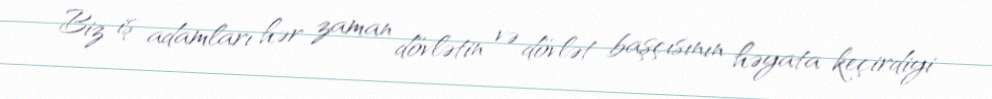
Biz iş adamları hər zaman dövlətin və dövlət başçısının həyata keçirdiyi